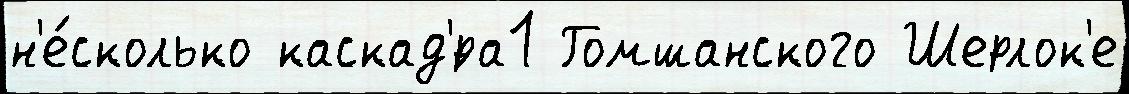
н'е́сколько каскад'́ра1 Гомшанского Шерлок'е